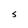
Character: S